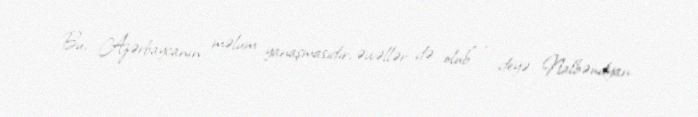
Bu, Azərbaycanın məlum yanaşmasıdır, əvvəllər də olub” - deyə Nalbəndyan